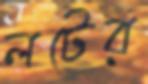
লটের